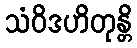
သံဝိဒဟိတုန္တိ